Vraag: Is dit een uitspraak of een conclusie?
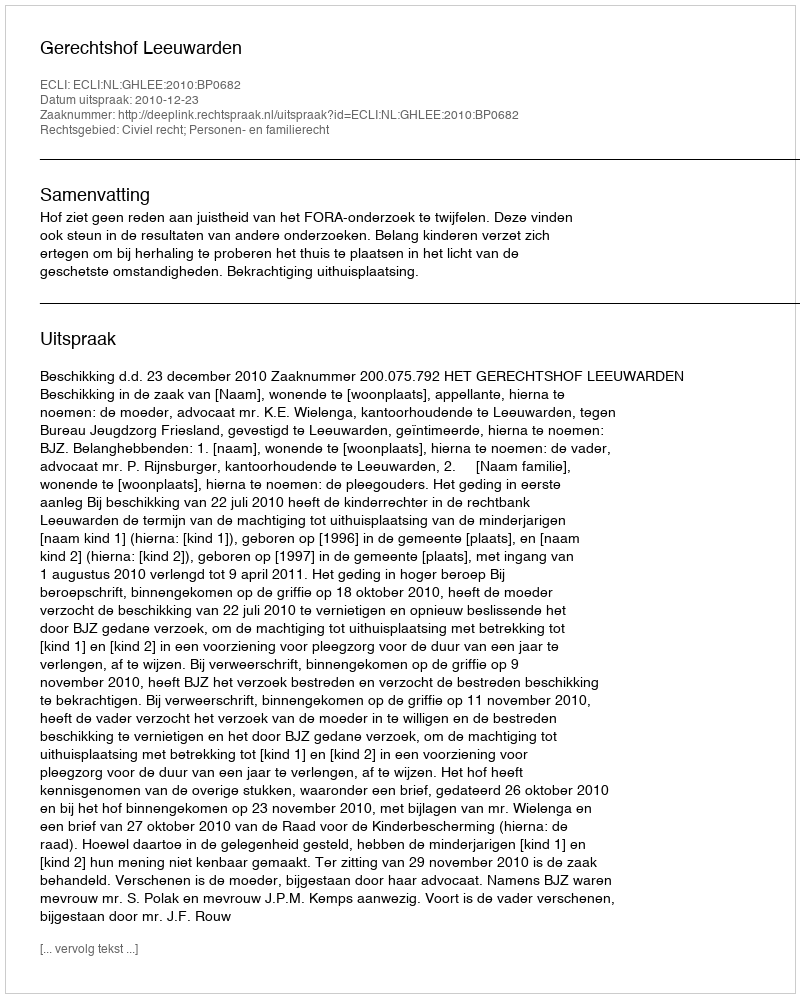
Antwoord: Uitspraak